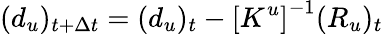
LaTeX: (d_{u})_{t+\Delta t}=(d_{u})_{t}-\left[K^{u}\right]^{-1}(R_{u})_{t}